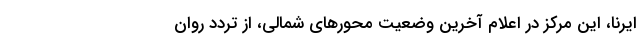
ایرنا، این مرکز در اعلام آخرین وضعیت محور‌های شمالی، از تردد روان